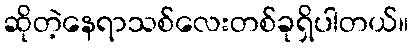
ဆိုတဲ့နေရာသစ်လေးတစ်ခုရှိပါတယ်။